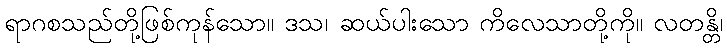
ရာဂစသည်တို့ဖြစ်ကုန်သော။ ဒသ၊ ဆယ်ပါးသော ကိလေသာတို့ကို။ လတန္တိ၊